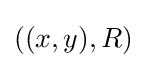
((x,y),R)